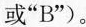
或”B”)。